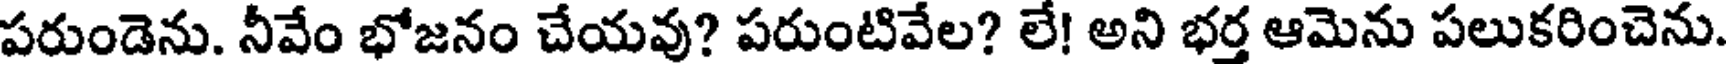
పరుండెను. నీవేం భోజనం చేయవు? పరుంటివేల? లే! అని భర్త ఆమెను పలుకరించెను.